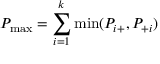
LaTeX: P _ { \operatorname* { m a x } } = \sum _ { i = 1 } ^ { k } \operatorname* { m i n } ( P _ { i + } , P _ { + i } )